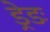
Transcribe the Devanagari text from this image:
ड्रेडः